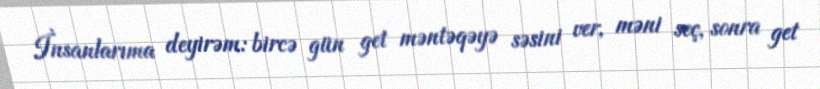
İnsanlarıma deyirəm: bircə gün get məntəqəyə səsini ver, məni seç, sonra get